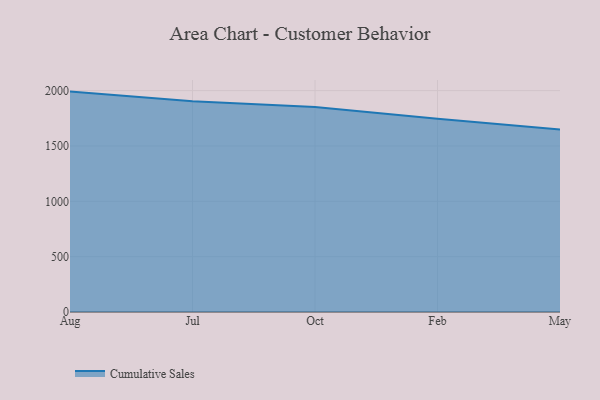
{"axis": {"x": "Month", "y": "Population (Million)"}, "legend": ["Cumulative Sales"], "data": [{"x": "Aug", "y": 1991.1, "type": "Cumulative Sales"}, {"x": "Jul", "y": 1904.9, "type": "Cumulative Sales"}, {"x": "Oct", "y": 1852.2, "type": "Cumulative Sales"}, {"x": "Feb", "y": 1745.9, "type": "Cumulative Sales"}, {"x": "May", "y": 1648.1, "type": "Cumulative Sales"}]}